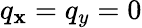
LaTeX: q_{\mathbf{x}}=q_{y}=0